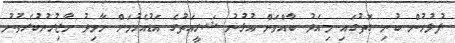
ފުލުހުން ބުނި ގޮތުގައި މިއަދު ބާއްވަން އުޅުނު ޝަރީއަތުގެ އަޑުއެހުމަށް ހާމިދު ހާޒިރުނުކުރެވުނު